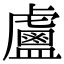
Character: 𥃈